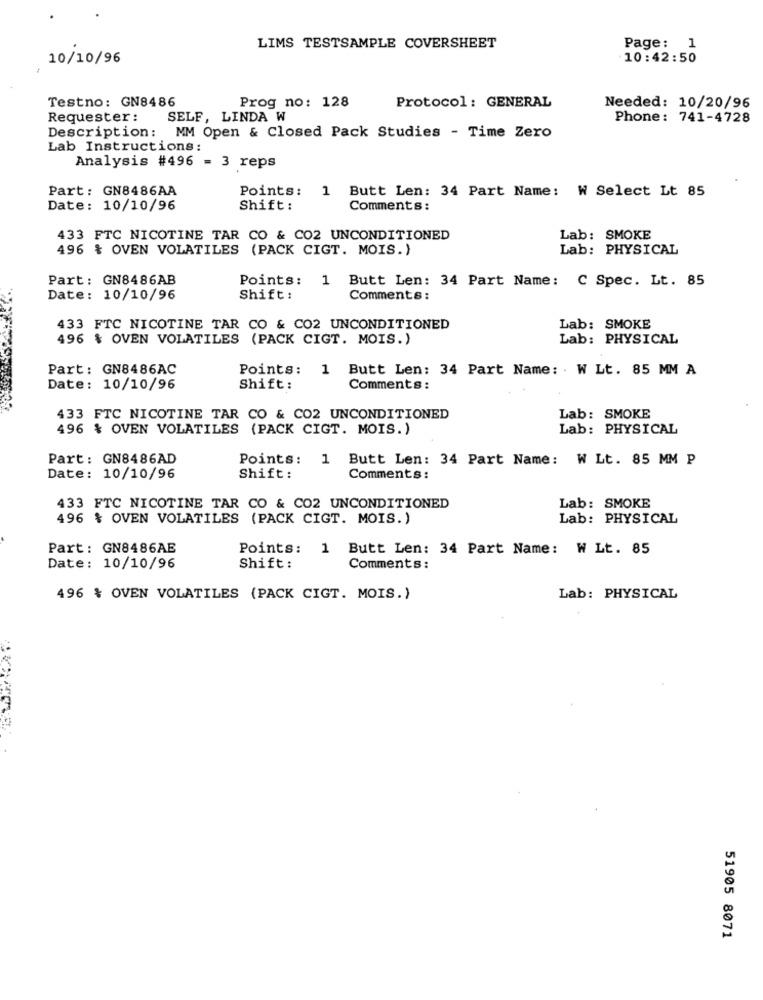
LIMS TESTSAMPLE COVERSHEET
Page: 1
10/10/96
10:42:50
Testno: GN8486
Prog no: 128
Protocol : GENERAL
Needed: 10/20/96
Requester :
SELF, LINDA W
Phone: 741-4728
Description: MM Open & Closed Pack Studies - Time Zero
Lab Instructions:
Analysis #496 = 3 reps
Part: GN8486AA
Points:
1 Butt Len: 34 Part Name: W Select Lt 85
Date: 10/10/96
Shift :
Comments :
433 FTC NICOTINE TAR CO & CO2 UNCONDITIONED
Lab: SMOKE
496 % OVEN VOLATILES (PACK CIGT. MOIS.)
Lab: PHYSICAL
Part: GN8486AB
Points: 1 Butt Len: 34 Part Name: C Spec. Lt. 85
Date: 10/10/96
Shift:
Comments :
433 FTC NICOTINE TAR CO & CO2 UNCONDITIONED
Lab: SMOKE
496 % OVEN VOLATILES (PACK CIGT. MOIS.)
Lab: PHYSICAL
Part: GN8486AC
Points:
1 Butt Len: 34 Part Name: . W Lt. 85 MM A
Date: 10/10/96
Shift:
Comments :
433 FTC NICOTINE TAR CO & CO2 UNCONDITIONED
Lab: SMOKE
496 % OVEN VOLATILES (PACK CIGT. MOIS.)
Lab: PHYSICAL
Part: GN8486AD
Points:
1 Butt Len: 34 Part Name: W Lt. 85 MM P
Date: 10/10/96
Shift :
Comments:
433 FTC NICOTINE TAR CO & CO2 UNCONDITIONED
Lab: SMOKE
496 % OVEN VOLATILES (PACK CIGT. MOIS.)
Lab: PHYSICAL
Part: GN8486AE
Points: 1 Butt Len: 34 Part Name: W Lt. 85
Date: 10/10/96
Shift:
Comments:
496 % OVEN VOLATILES (PACK CIGT. MOIS.)
Lab: PHYSICAL
51905 8071